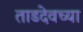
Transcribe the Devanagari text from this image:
ताडदेवच्या